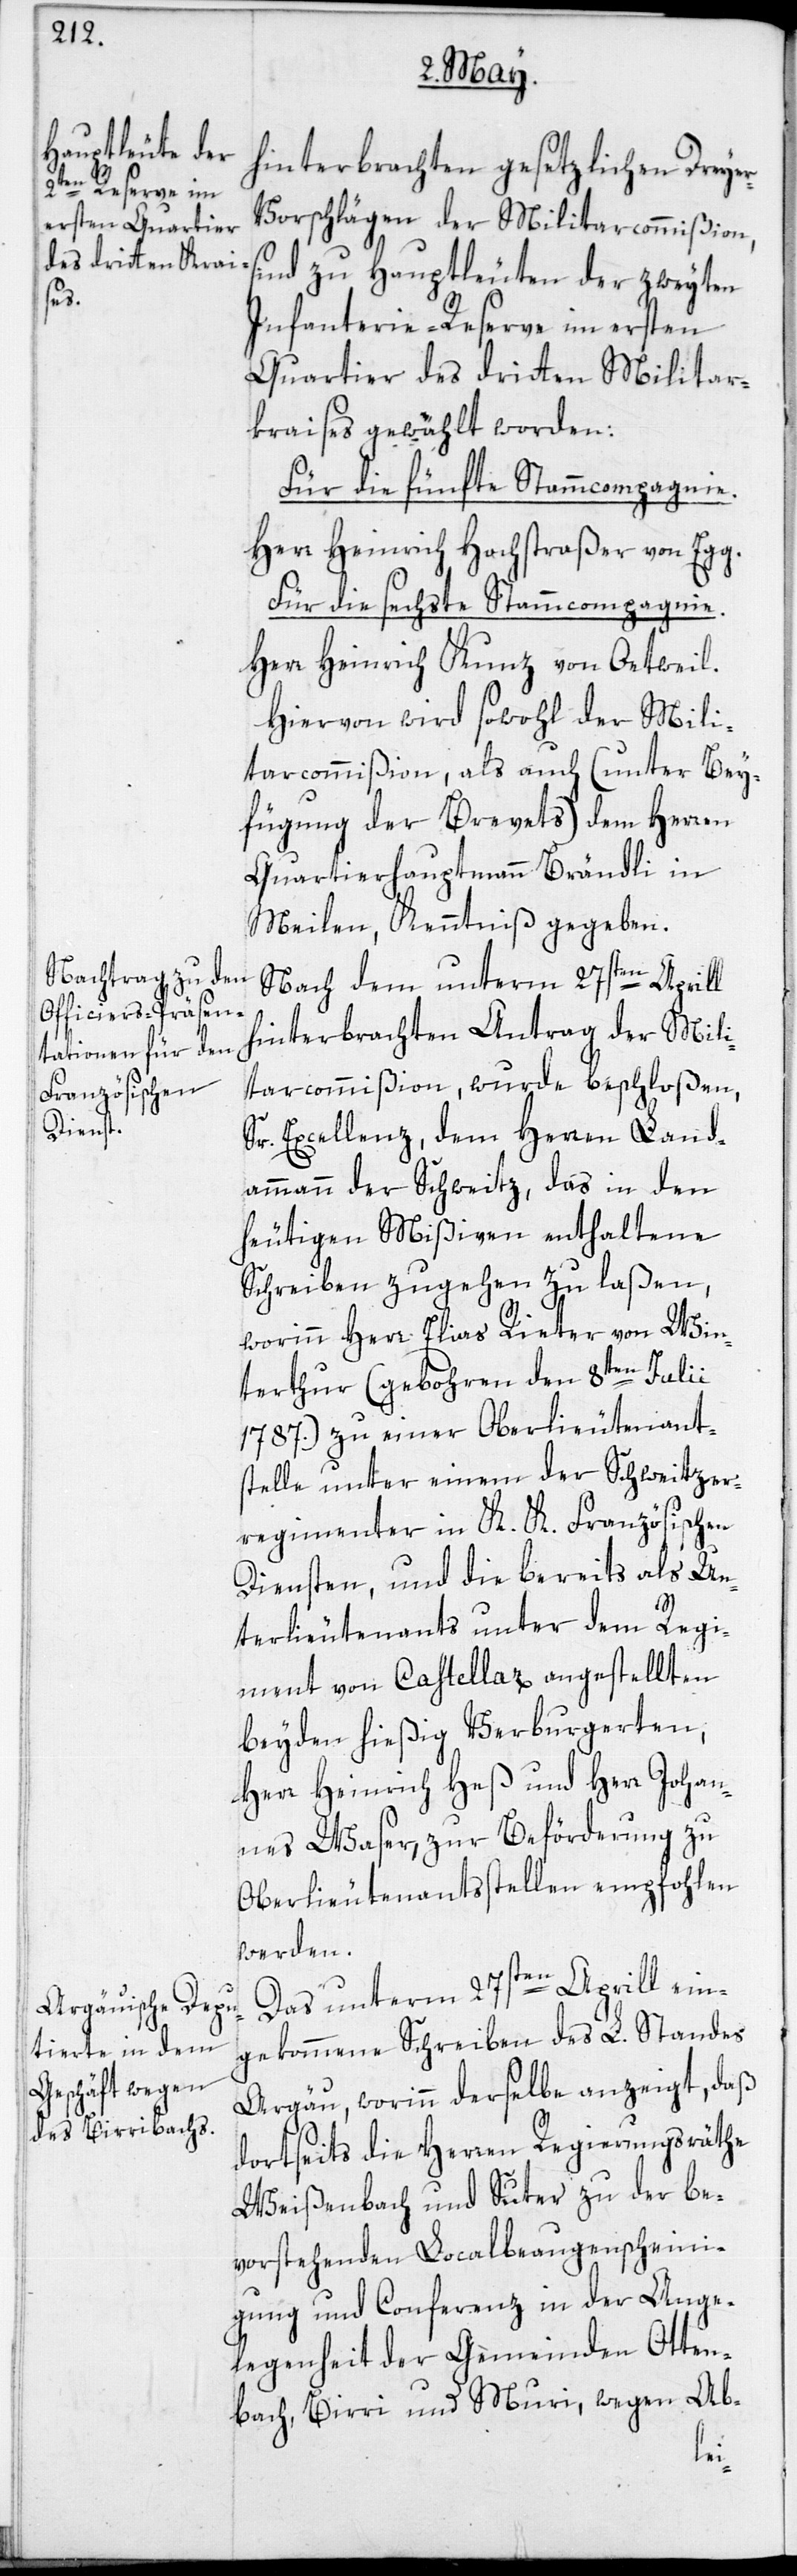
hinterbrachten gesetzlichen Dreye¬
r-Vorschlägen der Militarcommißion,
sind zu Hauptleuten der zweyten
Infanterie-Reserve im ersten
Quartier des dritten Militar¬
kraises gewählt worden:
Für die fünfte Stammcompagnie.
Herr Heinrich Hochstraßer von Egg.
Für die sechste Stammcompagnie.
Herr Heinrich Kunz von Oetweil.
Hiervon wird sowohl der Mili¬
tarcommißion, als auch (unter Bey¬
fügung der Brevets) dem Herren
Quartierhauptmann Brändli in
Meilen, Kenntniß gegeben.
Nach dem unterm 27sten Aprill
hinterbrachten Antrag der Mili¬
taircommißion, wurde beschloßen,
Sr. Excellenz, dem Herren Land¬
ammann der Schweitz, das in den
heutigen Mißiven enthaltene
Schreiben zugehen zu laßen,
worinn Herr Elias Rieter von Win¬
terthur (gebohren den 8ten Julii
1787.) zu einer Oberlieutenant¬
stelle unter einem der Schweitzer¬
regimenter in K. K. Französischen
Diensten, und die bereits als Un¬
terlieutenants unter dem Regi¬
ment von Castellar angestellten
beyden hießig Verburgerten,
Herr Heinrich Heß und Herr Johan¬
nes Waser, zur Beförderung zu
Oberlieutenantsstellen empfohlen
werden.
Das unterm 27sten Aprill ein¬
gekommene Schreiben des L. Standes
Aargäu, worinn derselbe anzeigt, daß
dortseits die Herren Regierungsräthe
Weißenbach und Suter zu der be¬
vorstehenden Localbeaugenscheini¬
gung und Conferenz in der Ange¬
legenheit der Gemeinden Otten¬
bach, Birri und Muri, wegen Ab-